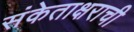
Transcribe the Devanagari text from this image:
संकेताक्षराची